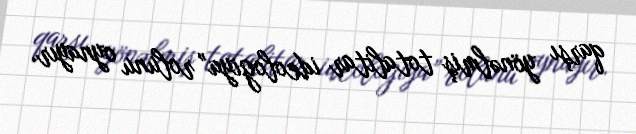
qarşı yönəlmiş totalitar ideologiya” rolunu oynayır.